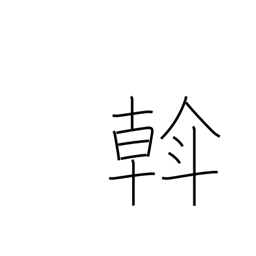
Meaning: rule